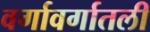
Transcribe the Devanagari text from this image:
वर्गावर्गातली